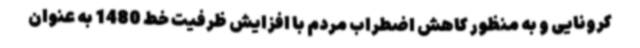
کرونایی و به منظور کاهش اضطراب مردم با افزایش ظرفیت خط 1480 به عنوان